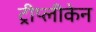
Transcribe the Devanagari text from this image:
ट्रीप्लीकेन